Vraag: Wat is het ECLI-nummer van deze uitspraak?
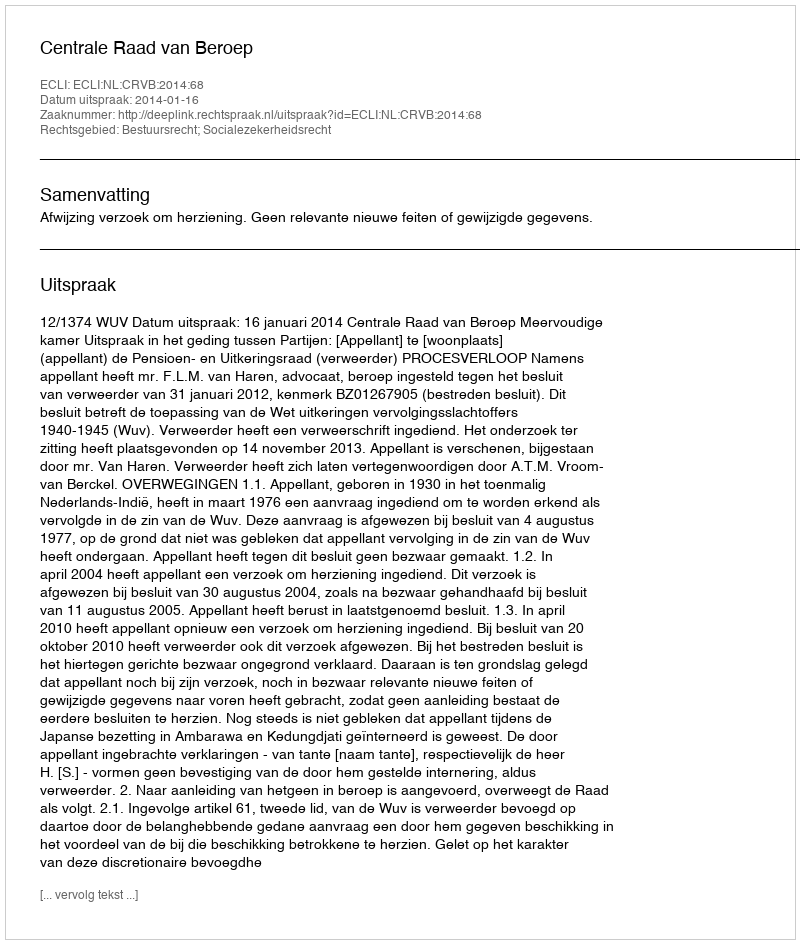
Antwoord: ECLI:NL:CRVB:2014:68